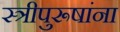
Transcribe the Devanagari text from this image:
स्त्रीपुरूषांना